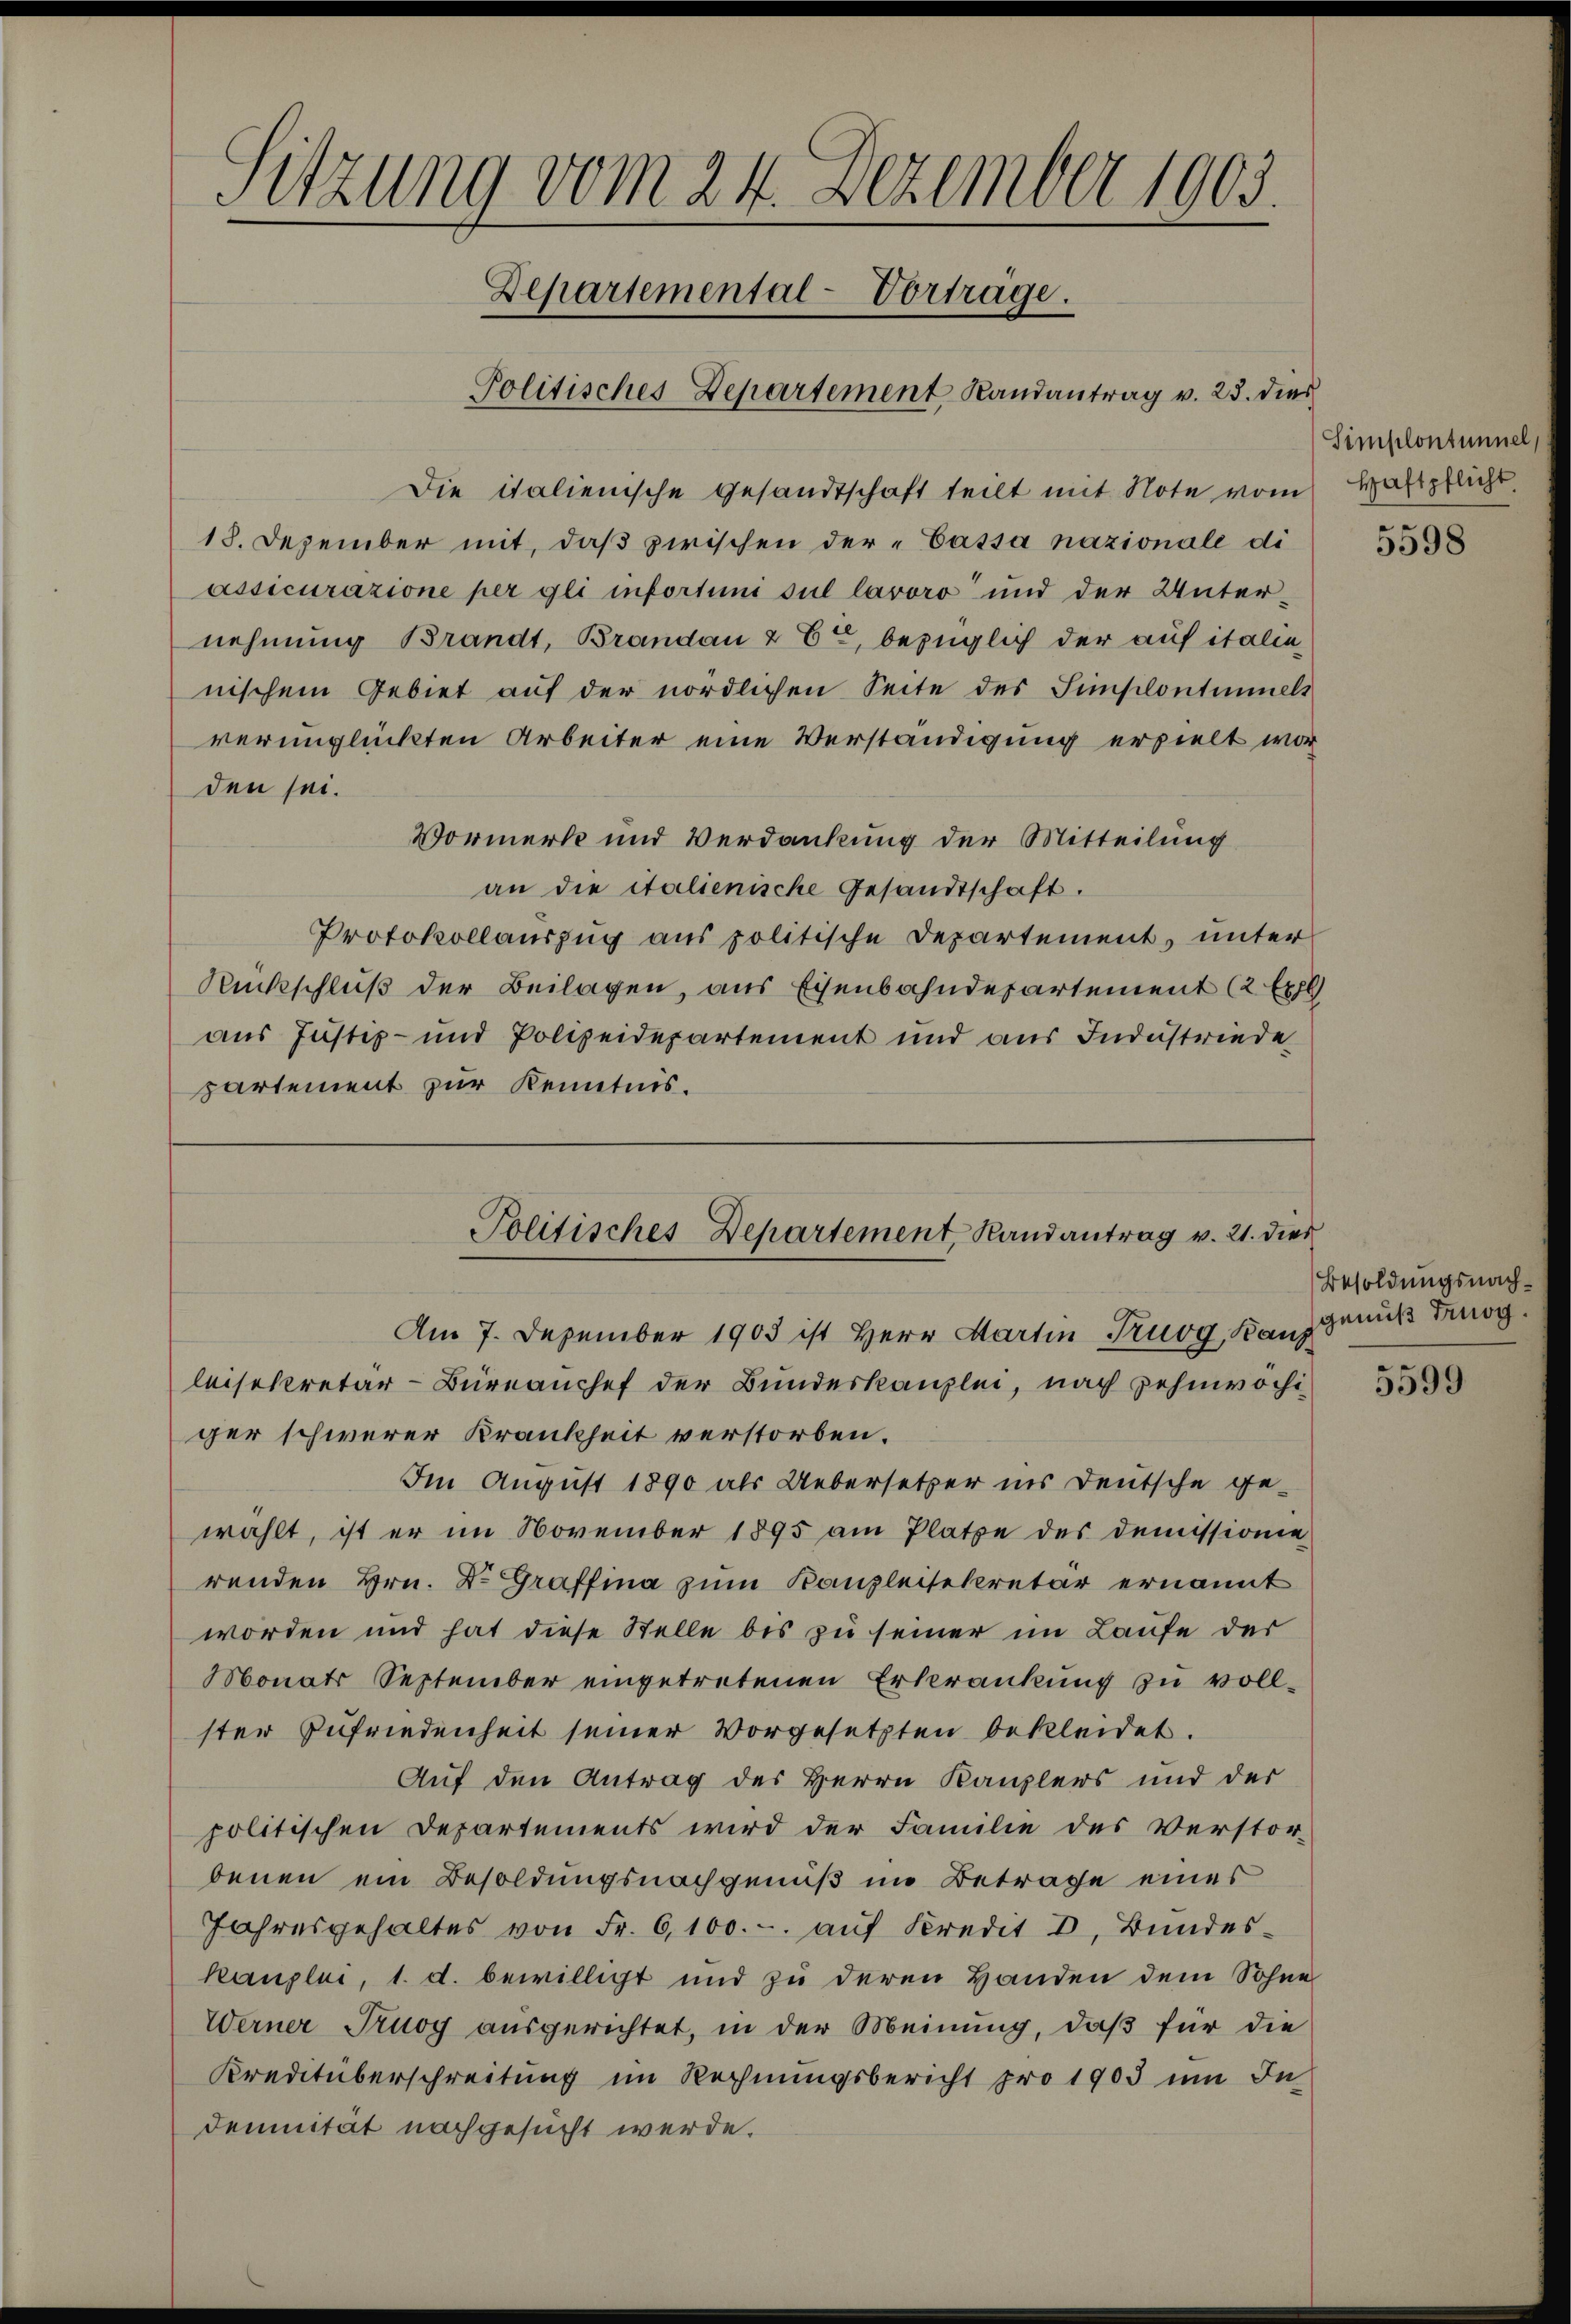
Sitzung vom 24. Dezember 1903.
Departemental-Vorträge.
Politisches Departement Randantrag v. 25. dies

Die italienische Gesandtschaft teilt mit Note vom
18. Dezember mit, daβ zwischen der-Cassa nazionale di
assicurazione per gli infortuni sul lavoro“ und der Unternehmung Brandt, Brandau & Er, bezüglich der auf italie
nischem Gebiet auf der nördlichen Seite des Simplontinnels
verunglückten Arbeiter eine Verständigung erhielt worden sei.
Vormerk und Verdankung der Mitteilung
an die italienische Gesandtschaft.
Protokollauszug aus politische Departement, unter
Rückschluß der Beilagen, aus Eisenbahndepartement (2 Ex
aus Justiz- und Polizeidepartement und aus Industriede
partement zur Kenntnis.

Politisches Departement, Randantrag v. 21. dies

Am 7. Dezember 1903 ist Herr Martin Truog, Kanz
leisekretär-Büreanchef der Bundeskanzlei, nach zehnwochi
ger schwerer Krankheit verstorben.
Im August 1890 als Uebersetzer ins Deutsche ge-
wählt, ist er im November 1895 am Platze des Demissionie
renden Hrn. Dr. Graffina zum Kanzleisekretär ernannt
worden und hat diese Stelle bis zu seiner im Laufe der
Monats September eingetretenen Erkrankung zu voll-
ster Zufriedenheit seiner Vorgesetzten bekleidet.
Auf den Antrag des Herrn Kanzlers und der
politischen Departements wird der Familie des Verstor-
benen ein Besoldungsnachgenuß im Betrage eines
Jahresgehaltes von Fr. 6,100.- aŭf Kredit 8. Bŭndes-
Kanzlei, 1. d. bewilligt und zu deren Handen dem Sohne
Werner Truoy ausgerichtet, in der Meinung, daß für die
Kreditüberschreitung im Rechnungsbericht pro 1903 um In
demnität nachgesucht werde.

Simplontunnel
Haftpflicht.

5598

Besoldungsnach.
genuß trug.

5599